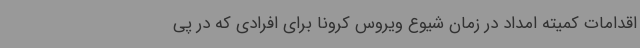
اقدامات کمیته امداد در زمان شیوع ویروس کرونا برای افرادی که در پی